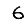
Digit: 6